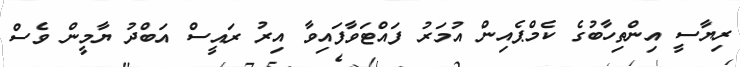
ރިޔާސީ އިންތިހާބުގެ ކެމްޕެއިން އުމަރު ފައްޓަވާފައިވާ އިރު ރައީސް އަބްދު ޔާމީން ވެސް